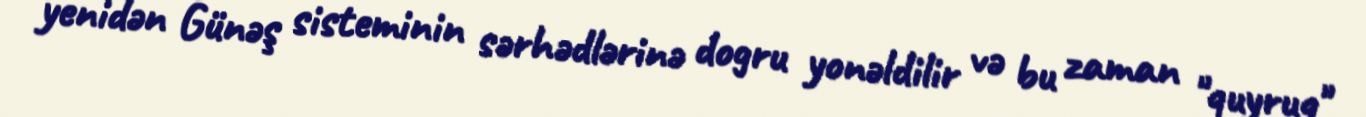
yenidən Günəş sisteminin sərhədlərinə dogru yonəldilir və bu zaman "quyruq"